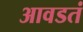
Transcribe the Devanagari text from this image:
आवडतं